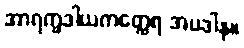
အာရက္ခဒါယကတ္ထေရ အပဒါန။